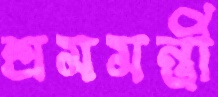
শ্রমমন্ত্রী